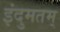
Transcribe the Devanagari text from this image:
इंदुमतम्